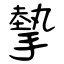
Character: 摰